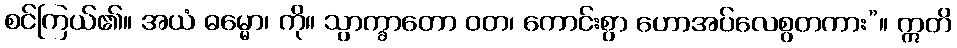
စင်ကြယ်၏။ အယံ ဓမ္မော၊ ကို။ သွာက္ခာတော ဝတ၊ ကောင်းစွာ ဟောအပ်လေစွတကား”။ ဣတိ